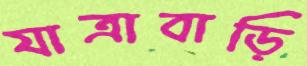
যাত্রাবাড়ি